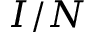
I / N